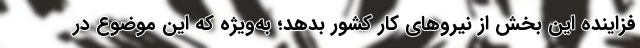
فزاینده این بخش از نیروهای کار کشور بدهد؛ به‌ویژه که این موضوع در